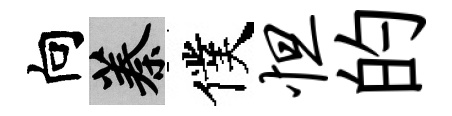
向蓁僕怛的